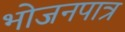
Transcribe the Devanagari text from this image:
भोजनपात्र